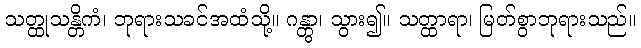
သတ္ထုသန္တိကံ၊ ဘုရားသခင်အထံသို့။ ဂန္တွာ၊ သွား၍။ သတ္ထာရာ၊ မြတ်စွာဘုရားသည်။